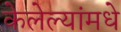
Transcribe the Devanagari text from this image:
केलेल्यांमधे